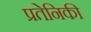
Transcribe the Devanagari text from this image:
प्रतेनिकी